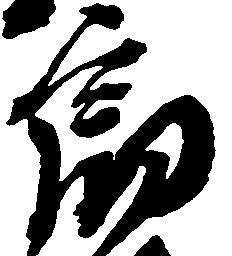
郎